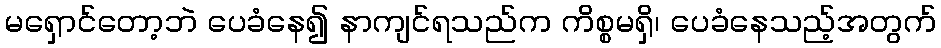
မရှောင်တော့ဘဲ ပေခံနေ၍ နာကျင်ရသည်က ကိစ္စမရှိ၊ ပေခံနေသည့်အတွက်